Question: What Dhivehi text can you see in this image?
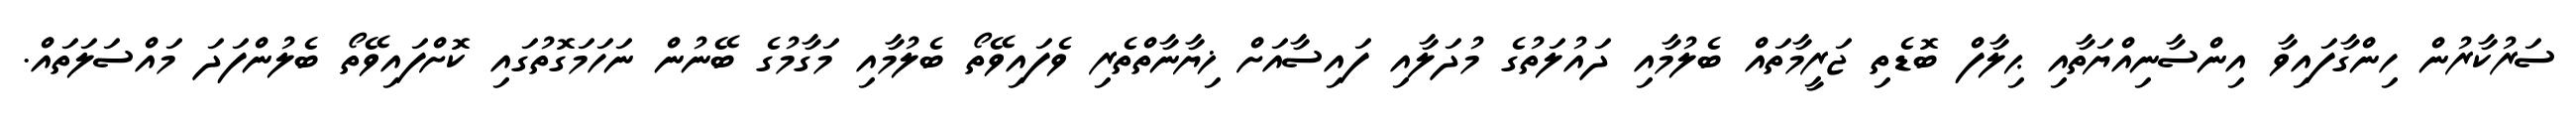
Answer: ސަރުކާރުން ހިންގާފައިވާ އިންސާނިއްޔަތާއި ޙިލާފް ބޮޑެތި ޖަރީމާތައް ބެލުމާއި ދައުލަތުގެ މުދަލާއި ފައިސާއަށް ޚިޔާނާތްތެރި ވެފައިވޭތޯ ބެލުމާއި މަގާމުގެ ބޭނުން ނަހަމަގޮތުގައި ކޮށްފައިވޭތޯ ބެލުންފަދަ މައްސަލަތައް.